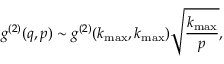
g ^ { ( 2 ) } ( \boldsymbol { q } , \boldsymbol { p } ) \sim g ^ { ( 2 ) } ( k _ { \operatorname* { m a x } } , k _ { \operatorname* { m a x } } ) \sqrt { \frac { k _ { \operatorname* { m a x } } } { p } } ,